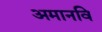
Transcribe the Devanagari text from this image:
अमानवि